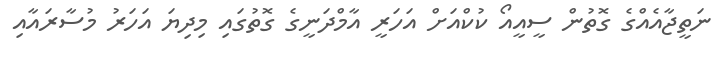
ނަތީޖާއެއްގެ ގޮތުން ސީއީއޯ ކުކްއަށް އަހަރީ އާމްދަނީގެ ގޮތުގައި މިދިޔަ އަހަރު މުސާރައާއި